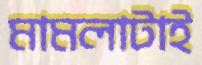
মামলাটাই